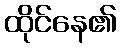
ထိုင်နေ၏